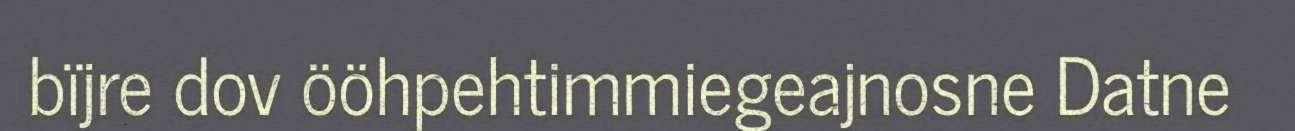
bïjre dov ööhpehtimmiegeajnosne Datne